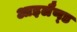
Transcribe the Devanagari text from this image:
आइलैण्‍ड